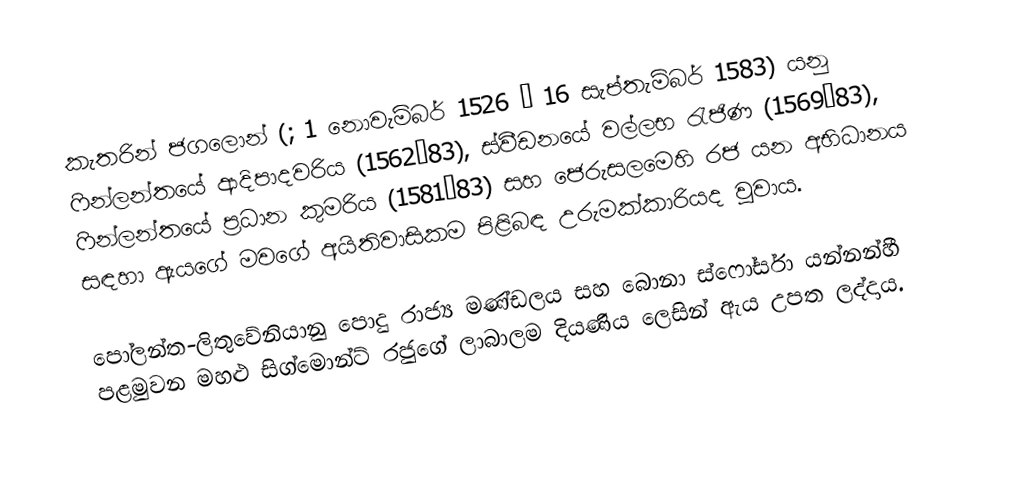
කැතරින් ජගලොන් (;  1 නොවැම්බර් 1526 – 16 සැප්තැම්බර් 1583) යනු ෆින්ලන්තයේ ආදිපාදවරිය (1562–83), ස්වීඩනයේ වල්ලභ රැජිණ (1569–83),  ෆින්ලන්තයේ ප්‍රධාන කුමරිය (1581–83) සහ  ජෙරුසලමෙහි රජ යන අභිධානය සඳහා ඇයගේ මවගේ අයිතිවාසිකම පිළිබඳ උරුමක්කාරියද වූවාය.

පෝලන්ත-ලිතුවේනියානු පොදු රාජ්‍ය මණ්ඩලය සහ බොනා ස්ෆෝර්සා යන්නන්හී  පළමුවන මහළු සිග්මොන්ට් රජුගේ ලාබාලම දියණිය ලෙසින් ඇය උපත ලද්දාය.